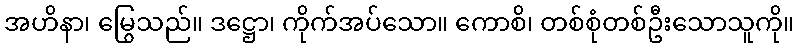
အဟိနာ၊ မြွေသည်။ ဒဋ္ဌော၊ ကိုက်အပ်သော။ ကောစိ၊ တစ်စုံတစ်ဦးသောသူကို။